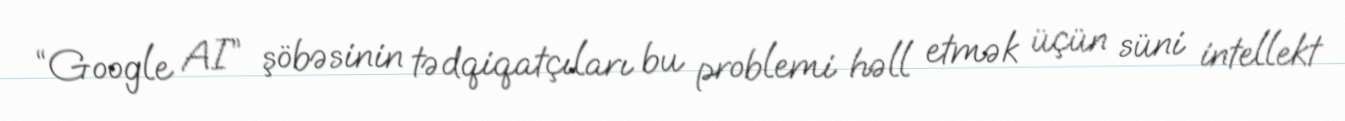
“Google AI” şöbəsinin tədqiqatçıları bu problemi həll etmək üçün süni intellekt